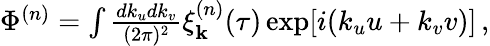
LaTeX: \begin{array}{r}{\Phi^{(n)}=\int\frac{dk_{u}dk_{v}}{(2\pi)^{2}}\xi_{\textbf{k}}^{(n)}(\tau)\exp[i(k_{u}u+k_{v}v)]\, ,}\end{array}